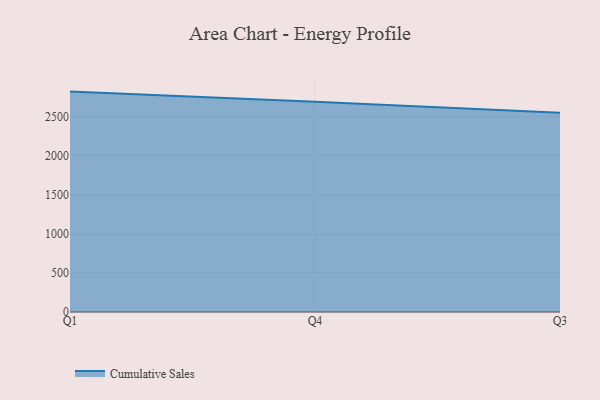
{"axis": {"x": "Quarter", "y": "Tickets Resolved"}, "legend": ["Cumulative Sales"], "data": [{"x": "Q1", "y": 2817.7, "type": "Cumulative Sales"}, {"x": "Q4", "y": 2687.6, "type": "Cumulative Sales"}, {"x": "Q3", "y": 2546.5, "type": "Cumulative Sales"}]}